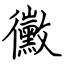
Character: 黴